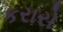
કરારો